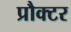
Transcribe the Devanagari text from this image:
प्रौक्टर